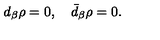
d _ { \beta } \rho = 0 , \quad \bar { d } _ { \beta } \rho = 0 .